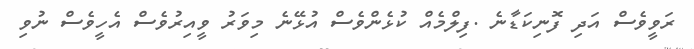
ރަވީވެސް އަދި ފޮނިކަޑާނެ .ފިލްމެއް ކުޅެންވެސް އުޅޭނެ މިވަރު ވީއިރުވެސް އެހީވެސް ނުވި